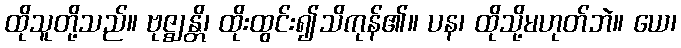
ထိုသူတို့သည်။ ဗုဇ္ဈန္တိ၊ ထိုးထွင်း၍သိကုန်၏။ ပန၊ ထိုသို့မဟုတ်ဘဲ။ ယေ၊